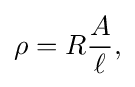
\rho =R{\frac {A}{\ell }},\,\!